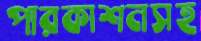
পারকাশনসহ